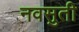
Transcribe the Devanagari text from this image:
नवसुती